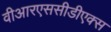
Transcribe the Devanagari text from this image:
वीआरएससीडीएक्स